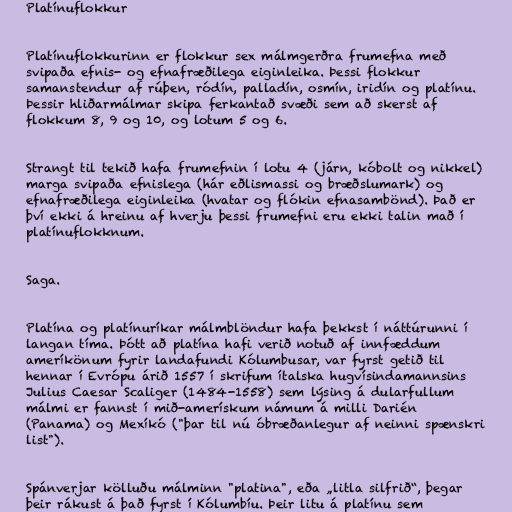
Platínuflokkur

Platínuflokkurinn er flokkur sex málmgerðra frumefna með
svipaða efnis- og efnafræðilega eiginleika. Þessi flokkur
samanstendur af rúþen, ródín, palladín, osmín, iridín og platínu.
Þessir hliðarmálmar skipa ferkantað svæði sem að skerst af
flokkum 8, 9 og 10, og lotum 5 og 6.

Strangt til tekið hafa frumefnin í lotu 4 (járn, kóbolt og nikkel)
marga svipaða efnislega (hár eðlismassi og bræðslumark) og
efnafræðilega eiginleika (hvatar og flókin efnasambönd). Það er
því ekki á hreinu af hverju þessi frumefni eru ekki talin mað í
platínuflokknum.

Saga.

Platína og platínuríkar málmblöndur hafa þekkst í náttúrunni í
langan tíma. Þótt að platína hafi verið notuð af innfæddum
ameríkönum fyrir landafundi Kólumbusar, var fyrst getið til
hennar í Evrópu árið 1557 í skrifum ítalska hugvísindamannsins
Julius Caesar Scaliger (1484-1558) sem lýsing á dularfullum
málmi er fannst í mið-amerískum námum á milli Darién
(Panama) og Mexíkó ("þar til nú óbræðanlegur af neinni spænskri
list").

Spánverjar kölluðu málminn "platina", eða „litla silfrið“, þegar
þeir rákust á það fyrst í Kólumbíu. Þeir litu á platínu sem